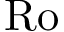
\mathrm { R o }